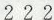
2 2 2